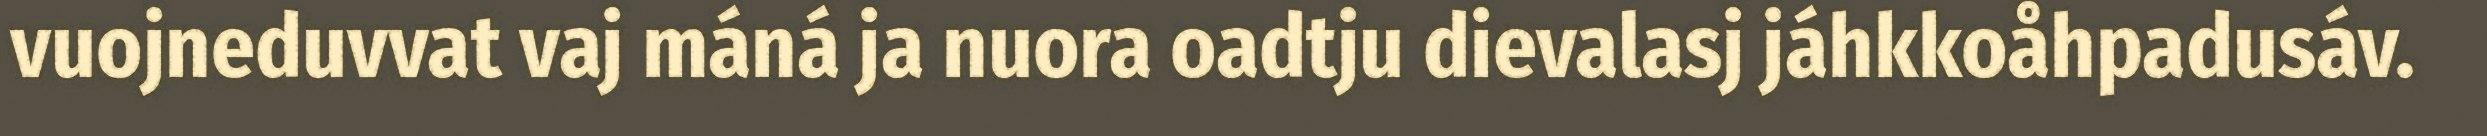
vuojneduvvat vaj máná ja nuora oadtju dievalasj jáhkkoåhpadusáv.